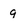
Character: 9